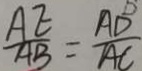
\frac { A E } { A B } = \frac { A D } { A C }